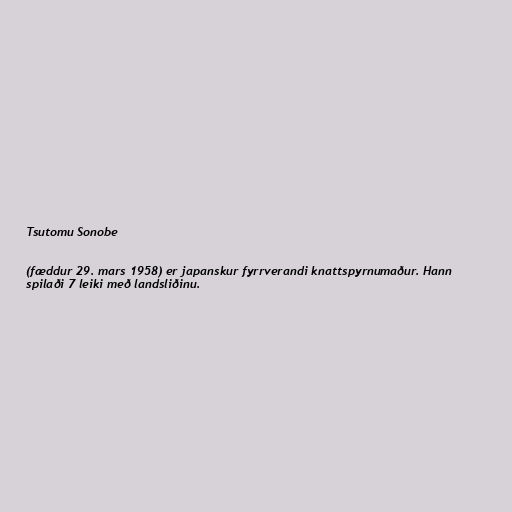
Tsutomu Sonobe

(fæddur 29. mars 1958) er japanskur fyrrverandi knattspyrnumaður. Hann
spilaði 7 leiki með landsliðinu.